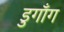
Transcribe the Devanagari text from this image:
डुगाँग